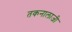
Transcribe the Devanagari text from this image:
तकनालाजी